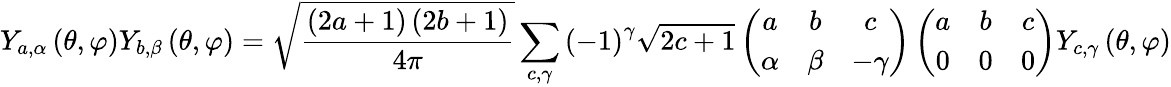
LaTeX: Y_{a,\alpha}\left(\theta,\varphi\right)Y_{b,\beta}\left(\theta,\varphi\right)={\sqrt{\frac{\left(2a+1\right)\left(2b+1\right)}{4\pi}}}\sum_{c,\gamma}\left(-1\right)^{\gamma}{\sqrt{2c+1}}\left({\begin{array}{ccc}{a}&{b}&{c}\\ {\alpha}&{\beta}&{-\gamma}\end{array}}\right)\left({\begin{array}{ccc}{a}&{b}&{c}\\ {0}&{0}&{0}\end{array}}\right)Y_{c,\gamma}\left(\theta,\varphi\right)